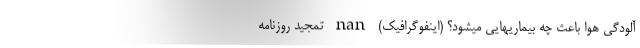
آلودگی هوا باعث چه بیماریهایی میشود؟ (اینفوگرافیک) nan تمجید روزنامه